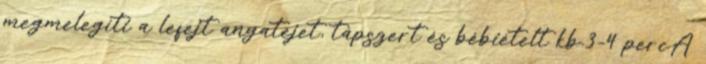
megmelegíti a lefejt anyatejet, tápszert és bébiételt kb.3-4 percA